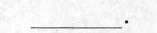
____。